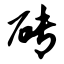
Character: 砖